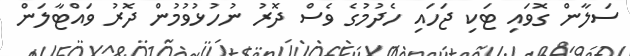
ސަލާން ގޮވައި ޓަކި ޖަހައި ހެދުމުގެ ވެސް ދޮރު ނުހުޅުވުމުން ދޮރު ވައްޓާލަން